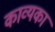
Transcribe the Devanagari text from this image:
काव्यका